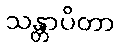
သန္တာပိတာ